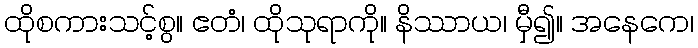
ထိုစကားသင့်စွ။ ဧတံ၊ ထိုသုရာကို။ နိဿာယ၊ မှီ၍။ အနေကေ၊